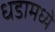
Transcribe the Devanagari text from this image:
धडामध्ये